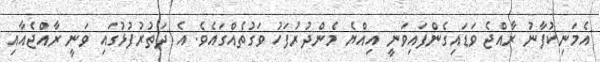
އެމަނިކުފާނު ރާއްޖެ ވަޑައިގެންފައިވަނީ އިއްޔެ މެންދުރުފަހު ވަގުތެއްގައެވެ. އެ ދަތުރުފުޅުގައި ވަނީ ރާއްޖެއާއި